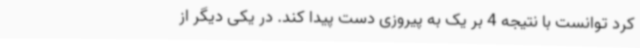
کرد توانست با نتیجه 4 بر یک به پیروزی دست پیدا کند. در یکی دیگر از